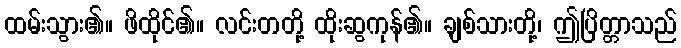
ထမ်းသွား၏။ ဖိထိုင်၏။ လင်းတတို့ ထိုးဆွကုန်၏။ ချစ်သားတို့၊ ဤပြိတ္တာသည်